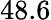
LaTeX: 48.6